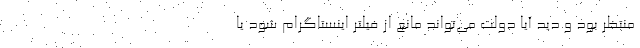
منتظر بود و دید آیا دولت می‌تواند مانع از فیلتر اینستاگرام شود یا